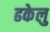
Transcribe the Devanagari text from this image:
ढकेलु